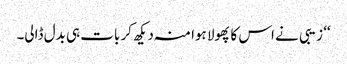
‘‘ زیبی نے اس کا پھولا ہوا منہ دیکھ کر بات ہی بدل ڈالی۔